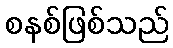
စနစ်ဖြစ်သည်